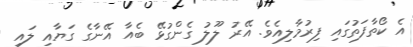
އެ ކޯތާފަތުގައި ފިރުމާލިއެވެ. އޭރު ލޫލު ގެންގުޅޭ ބެއާ އޭނާގެ ގަޔާއި ލައި